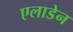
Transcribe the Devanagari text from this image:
एलाडेन